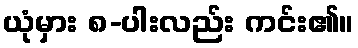
ယုံမှား ၈-ပါးလည်း ကင်း၏။